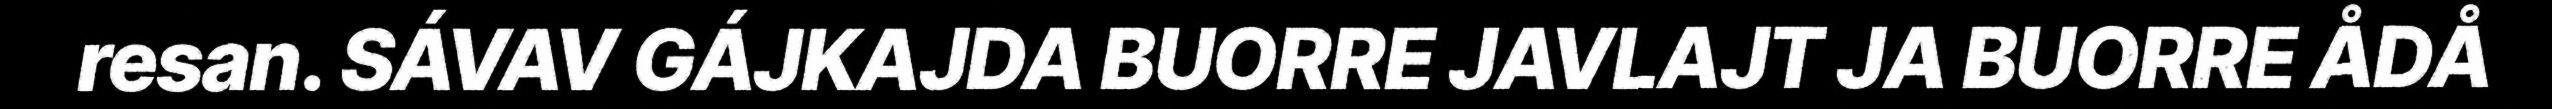
resan. SÁVAV GÁJKAJDA BUORRE JAVLAJT JA BUORRE ÅDÅ